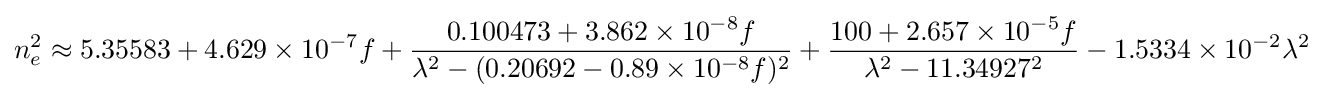
n_{e}^{2}\approx 5.35583+4.629\times 10^{-7}f+{\frac {0.100473+3.862\times 10^{-8}f}{\lambda ^{2}-(0.20692-0.89\times 10^{-8}f)^{2}}}+{\frac {100+2.657\times 10^{-5}f}{\lambda ^{2}-11.34927^{2}}}-1.5334\times 10^{-2}\lambda ^{2}